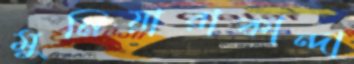
মুনিয়ারাকান্দা